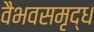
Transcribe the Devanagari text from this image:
वैभवसमृद्ध